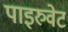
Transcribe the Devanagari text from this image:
पाइरुवेट